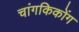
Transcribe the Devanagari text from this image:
चांगकिकोंग